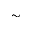
\sim